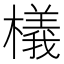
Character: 檥